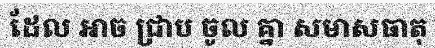
ដែល អាច ជ្រាប ចូល គ្នា សមាសធាតុ